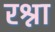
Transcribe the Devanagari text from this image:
रश्ना